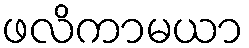
ဖလိကာမယာ